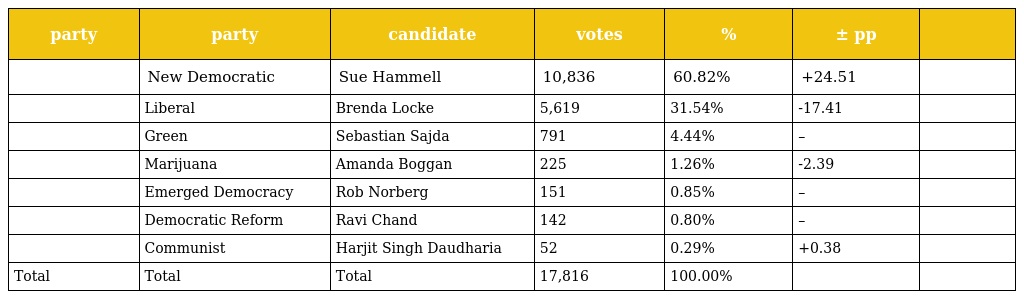
| party | party | candidate | votes | % | ± pp |  |
 | --- | --- | --- | --- | --- | --- | --- |
 |  | New Democratic | Sue Hammell | 10,836 | 60.82% | +24.51 |  |
 |  | Liberal | Brenda Locke | 5,619 | 31.54% | -17.41 |  |
 |  | Green | Sebastian Sajda | 791 | 4.44% | – |  |
 |  | Marijuana | Amanda Boggan | 225 | 1.26% | -2.39 |  |
 |  | Emerged Democracy | Rob Norberg | 151 | 0.85% | – |  |
 |  | Democratic Reform | Ravi Chand | 142 | 0.80% | – |  |
 |  | Communist | Harjit Singh Daudharia | 52 | 0.29% | +0.38 |  |
 | Total | Total | Total | 17,816 | 100.00% |  |  |